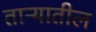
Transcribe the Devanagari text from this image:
ताऱ्यातील